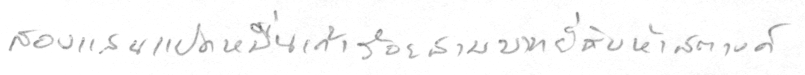
สองแสนแปดหมื่นเก้าร้อยสามบาทยี่สิบห้าสตางค์